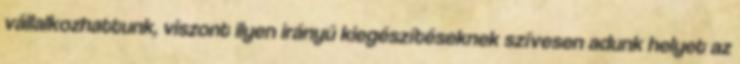
vállalkozhattunk, viszont ilyen irányú kiegészítéseknek szívesen adunk helyet az